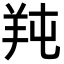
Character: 𦍣